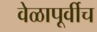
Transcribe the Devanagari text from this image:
वेळापूर्वीच